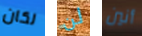
لكان لن أنين